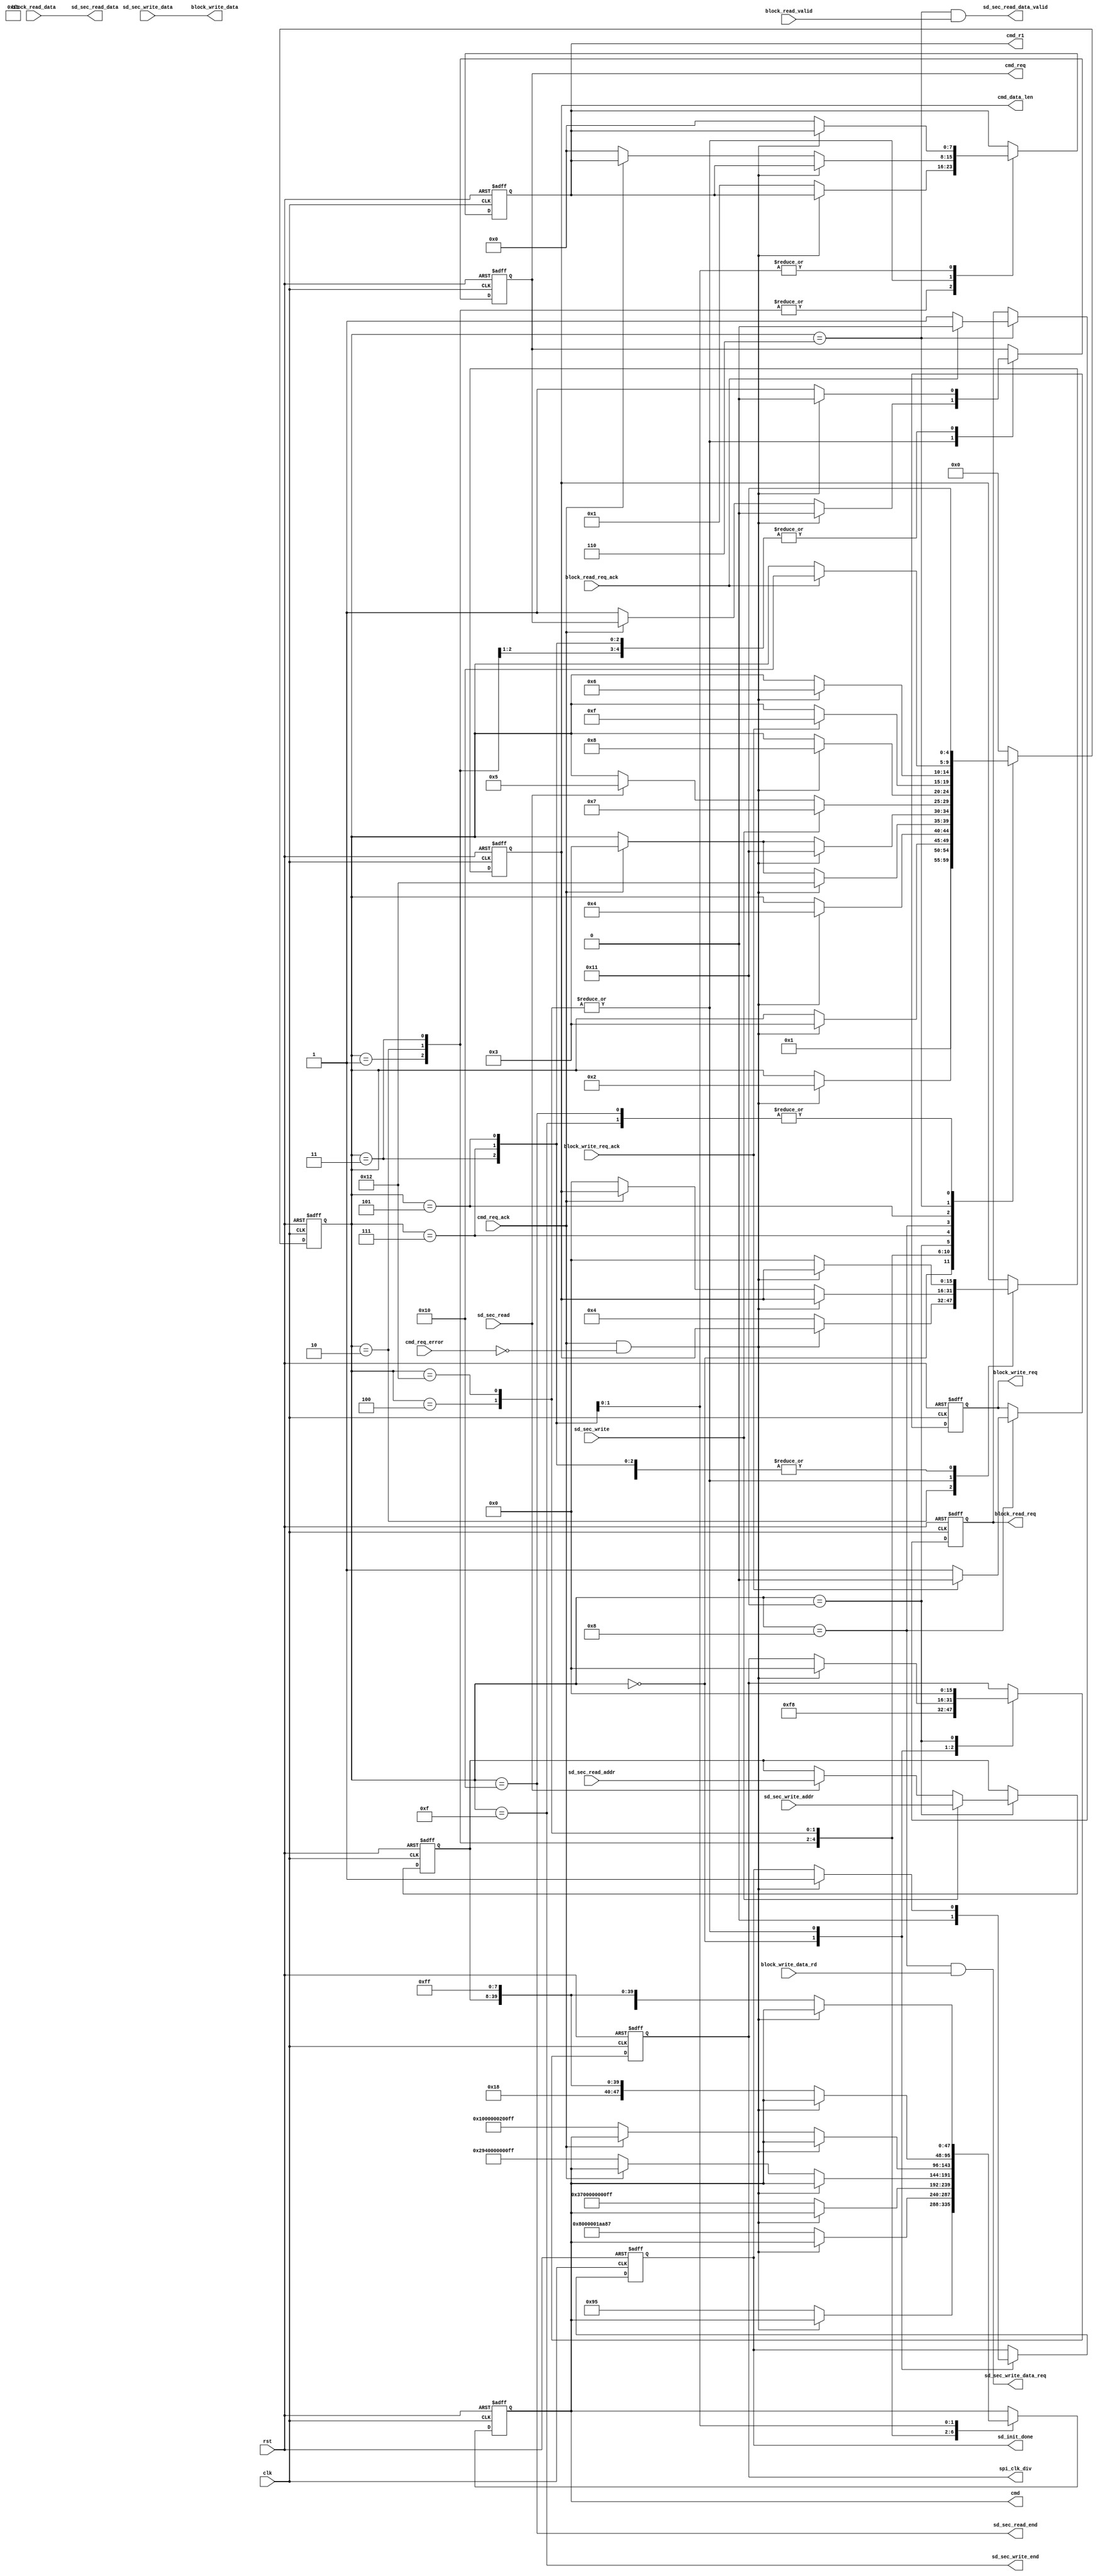
//////////////////////////////////////////////////////////////////////////////////
//                                                                              //
//                                                                              //
//          msq@qq.com                                                          //
//          ALINX(shanghai) Technology Co.,Ltd                                  //
//          heijin                                                              //
//     WEB: http://www.alinx.cn/                                                //
//     BBS: http://www.heijin.org/                                              //
//                                                                              //
//////////////////////////////////////////////////////////////////////////////////
//                                                                              //
// Copyright (c) 2017,ALINX(shanghai) Technology Co.,Ltd                        //
//                    All rights reserved                                       //
//                                                                              //
// This source file may be used and distributed without restriction provided    //
// that this copyright statement is not removed from the file and that any      //
// derivative work contains the original copyright notice and the associated    //
// disclaimer.                                                                  //
//                                                                              //
//////////////////////////////////////////////////////////////////////////////////

//===============================================================================
//  Revision History:
//  Date          By            Revision    Change Description
//-------------------------------------------------------------------------------
//  2017/6/21     meisq         1.0         Original
//*******************************************************************************/
module sd_card_sec_read_write
#(
	parameter  SPI_LOW_SPEED_DIV = 248,         // spi clk speed = clk speed /((SPI_LOW_SPEED_DIV + 2) * 2 )
	parameter  SPI_HIGH_SPEED_DIV = 0           // spi clk speed = clk speed /((SPI_HIGH_SPEED_DIV + 2) * 2 )
)
(
	input            clk,
	input            rst,
	output reg       sd_init_done,
	input            sd_sec_read,
	input[31:0]      sd_sec_read_addr,
	output[7:0]      sd_sec_read_data,
	output           sd_sec_read_data_valid,
	output           sd_sec_read_end,
	input            sd_sec_write,
	input[31:0]      sd_sec_write_addr,
	input[7:0]       sd_sec_write_data,
	output           sd_sec_write_data_req,
	output           sd_sec_write_end,

	output reg[15:0] spi_clk_div,
	output reg       cmd_req,
	input            cmd_req_ack,
	input            cmd_req_error,
	output reg[47:0] cmd,
	output reg[7:0]  cmd_r1,
	output reg[15:0] cmd_data_len,
	output reg       block_read_req,
	input            block_read_valid,
	input[7:0]       block_read_data,
	input            block_read_req_ack,
	output reg       block_write_req,
	output[7:0]      block_write_data,
	input            block_write_data_rd,
	input            block_write_req_ack
);
reg[7:0] read_data;
reg[31:0] timer;

localparam S_IDLE               = 0;
localparam S_CMD0               = 1;
localparam S_CMD8               = 2;
localparam S_CMD55              = 3;
localparam S_CMD41              = 4;
localparam S_CMD17              = 5;
localparam S_READ               = 6;
localparam S_CMD24              = 7;
localparam S_WRITE              = 8;
localparam S_ERR                = 14;
localparam S_WRITE_END          = 15;
localparam S_READ_END           = 16;
localparam S_WAIT_READ_WRITE    = 17;
localparam S_CMD16              = 18;

reg[4:0]                       state;
reg[31:0]                      sec_addr;
assign sd_sec_read_data_valid = (state == S_READ) && block_read_valid;
assign sd_sec_read_data = block_read_data;
assign sd_sec_read_end = (state == S_READ_END);
assign sd_sec_write_data_req = (state == S_WRITE) && block_write_data_rd;
assign block_write_data = sd_sec_write_data;
assign sd_sec_write_end = (state == S_WRITE_END);

always@(posedge clk or posedge rst)
begin
	if(rst == 1'b1)
	begin
		state <= S_IDLE;
		cmd_req <= 1'b0;
		cmd_data_len <= 16'd0;
		cmd_r1 <= 8'd0;
		cmd <= 48'd0;
		spi_clk_div <= SPI_LOW_SPEED_DIV[15:0];
		block_write_req <= 1'b0;
		block_read_req <= 1'b0;
		sec_addr <= 32'd0;
		sd_init_done <= 1'b0;
	end
	else
		case(state)
			S_IDLE:
			begin
				state <= S_CMD0;
				sd_init_done <= 1'b0;
				spi_clk_div <= SPI_LOW_SPEED_DIV[15:0];
			end
			S_CMD0:
			begin
				if(cmd_req_ack & ~cmd_req_error)
				begin
					state <= S_CMD8;
					cmd_req <= 1'b0;
				end
				else
				begin
					cmd_req <= 1'b1;
					cmd_data_len <= 16'd0;
					cmd_r1 <= 8'h01;
					cmd <= {8'd0,8'h00,8'h00,8'h00,8'h00,8'h95};
				end
			end
			S_CMD8:
			begin
				if(cmd_req_ack & ~cmd_req_error)
				begin
					state <= S_CMD55;
					cmd_req <= 1'b0;
				end
				else
				begin
					cmd_req <= 1'b1;
					cmd_data_len <= 16'd4;
					cmd_r1 <= 8'h01;
					cmd <= {8'd8,8'h00,8'h00,8'h01,8'haa,8'h87};
				end
			end
			S_CMD55:
			begin
				if(cmd_req_ack & ~cmd_req_error)
				begin
					state <= S_CMD41;
					cmd_req <= 1'b0;
				end
				else
				begin
					cmd_req <= 1'b1;
					cmd_data_len <= 16'd0;
					cmd_r1 <= 8'h01;
					cmd <= {8'd55,8'h00,8'h00,8'h00,8'h00,8'hff};
				end
			end
			S_CMD41:
			begin
				if(cmd_req_ack & ~cmd_req_error)
				begin
					state <= S_CMD16;
					cmd_req <= 1'b0;
					sd_init_done <= 1'b1;
					spi_clk_div <= SPI_HIGH_SPEED_DIV[15:0];
				end
				else if(cmd_req_ack)
				begin
					state <= S_CMD55;
				end
				else
				begin
					cmd_req <= 1'b1;
					cmd_data_len <= 16'd0;
					cmd_r1 <= 8'h00;
					cmd <= {8'd41,8'h40,8'h00,8'h00,8'h00,8'hff};
				end
			end
			S_CMD16:
			begin
				if(cmd_req_ack & ~cmd_req_error)
				begin
					state <= S_WAIT_READ_WRITE;
					cmd_req <= 1'b0;
					sd_init_done <= 1'b1;
					spi_clk_div <= SPI_HIGH_SPEED_DIV[15:0];
				end
				else if(cmd_req_ack)
				begin
					state <= S_CMD55;
				end
				else
				begin
					cmd_req <= 1'b1;
					cmd_data_len <= 16'd0;
					cmd_r1 <= 8'h00;
					cmd <= {8'd16,32'd512,8'hff};
				end
			end			
			S_WAIT_READ_WRITE:
			begin
				if(sd_sec_write ==  1'b1)
				begin
					state <= S_CMD24;
					sec_addr <= sd_sec_write_addr;
				end
				else if(sd_sec_read == 1'b1)
				begin
					state <= S_CMD17;
					sec_addr <= sd_sec_read_addr;
				end

				spi_clk_div <= 16'd0;
			end
			S_CMD24:
			begin
				if(cmd_req_ack & ~cmd_req_error)
				begin
					state <= S_WRITE;
					cmd_req <= 1'b0;
				end
				else
				begin
					cmd_req <= 1'b1;
					cmd_data_len <= 16'd0;
					cmd_r1 <= 8'h00;
					cmd <= {8'd24,sec_addr,8'hff};

				end
			end
			S_WRITE:
			begin
				if(block_write_req_ack == 1'b1)
				begin
					block_write_req <= 1'b0;
					state <= S_WRITE_END;
				end
				else
					block_write_req <= 1'b1;
			end
			S_CMD17:
			begin
				if(cmd_req_ack & ~cmd_req_error)
				begin
					state <= S_READ;
					cmd_req <= 1'b0;
				end
				else
				begin
					cmd_req <= 1'b1;
					cmd_data_len <= 16'd0;
					cmd_r1 <= 8'h00;
					cmd <= {8'd17,sec_addr,8'hff};
				end
			end
			S_READ:
			begin
				if(block_read_req_ack)
				begin
					state <= S_READ_END;
					block_read_req <= 1'b0;
				end
				else
				begin
					block_read_req <= 1'b1;
				end
			end
			S_WRITE_END:
			begin
				state <= S_WAIT_READ_WRITE;
			end
			S_READ_END:
			begin
				state <= S_WAIT_READ_WRITE;
			end
			default:
				state <= S_IDLE;
		endcase
end
endmodule